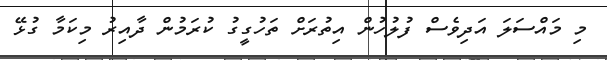
މި މައްސަލަ އަދިވެސް ފުލުހުން އިތުރަށް ތަހުގީގު ކުރަމުން ދާއިރު މިކަމާ ގުޅޭ